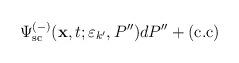
LaTeX: \begin{align*}\Psi _{{\rm sc}}^{(-)}({\bf x},t;\varepsilon _{k^{\prime }},P^{\prime \prime})dP^{\prime \prime }+(\hbox{c.c}) \end{align*}